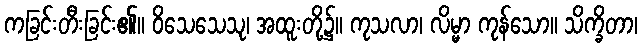
ကခြင်းတီးခြင်း၏။ ဝိသေသေသု၊ အထူးတို့၌။ ကုသလာ၊ လိမ္မာ ကုန်သော။ သိက္ခိတာ၊